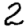
Digit: 2